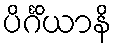
ပိင်္ဂိယာနိ